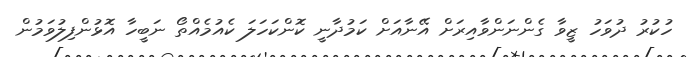
ހުކުރު ދުވަހު ޒީވާ ގެންނަންވާއިރަށް އޭނާއަށް ކަމުދާނީ ކޮންކަހަލަ ކެއުމެއްތޯ ނަބީހާ އޮޅުންފިލުވަމުން